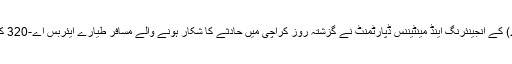
دوسری جانب پاکستان انٹرنیشنل ایئرلائنز (پی آئی اے) کے انجینئرنگ اینڈ مینٹیننس ڈپارٹمنٹ نے گزشتہ روز کراچی میں حادثے کا شکار ہونے والے مسافر طیارے ایئربس اے-320 کے تکینکی معلومات سے متعلق سمری جاری کردی۔